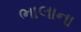
ભાલાના